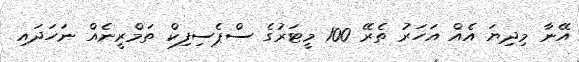
އޭނާ މިދިޔަ އެއް އަހަރު ތެރޭ 100 މީޓަރުގެ ސްޕެސިފިކް ތަމްރީނެއް ނަހަދައި